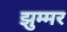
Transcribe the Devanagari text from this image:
झुम्मर